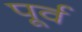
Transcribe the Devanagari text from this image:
पूर्व